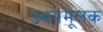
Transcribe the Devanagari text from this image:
उभयमूलक